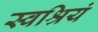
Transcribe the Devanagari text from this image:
स्वश्रियं